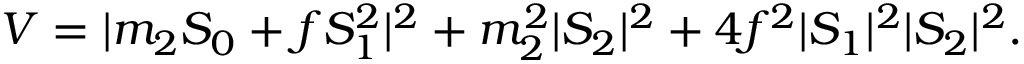
V = | m _ { 2 } S _ { 0 } + f S _ { 1 } ^ { 2 } | ^ { 2 } + m _ { 2 } ^ { 2 } | S _ { 2 } | ^ { 2 } + 4 f ^ { 2 } | S _ { 1 } | ^ { 2 } | S _ { 2 } | ^ { 2 } .